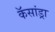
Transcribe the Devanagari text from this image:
कॅसांड्रा